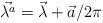
LaTeX: \begin{align*}\vec{\lambda^a}= \vec{\lambda} + \vec{a}/ 2 \pi\end{align*}